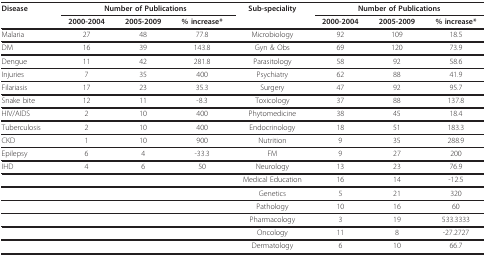
| Disease | <COLSPAN=3> Number of Publications | Sub-speciality | <COLSPAN=3> Number of Publications |
 |  | 2000-2004 | 2005-2009 | % increase* |  | 2000-2004 | 2005-2009 | % increase* |
 | --- | --- | --- | --- | --- | --- | --- | --- |
 | Malaria | 27 | 48 | 77.8 | Microbiology | 92 | 109 | 18.5 |
 | DM | 16 | 39 | 143.8 | Gyn & Obs | 69 | 120 | 73.9 |
 | Dengue | 11 | 42 | 281.8 | Parasitology | 58 | 92 | 58.6 |
 | Injuries | 7 | 35 | 400 | Psychiatry | 62 | 88 | 41.9 |
 | Filariasis | 17 | 23 | 35.3 | Surgery | 47 | 92 | 95.7 |
 | Snake bite | 12 | 11 | -8.3 | Toxicology | 37 | 88 | 137.8 |
 | HIV/AIDS | 2 | 10 | 400 | Phytomedicine | 38 | 45 | 18.4 |
 | Tuberculosis | 2 | 10 | 400 | Endocrinology | 18 | 51 | 183.3 |
 | CKD | 1 | 10 | 900 | Nutrition | 9 | 35 | 288.9 |
 | Epilepsy | 6 | 4 | -33.3 | FM | 9 | 27 | 200 |
 | IHD | 4 | 6 | 50 | Neurology | 13 | 23 | 76.9 |
 |  |  |  |  | Medical Education | 16 | 14 | -12.5 |
 |  |  |  |  | Genetics | 5 | 21 | 320 |
 |  |  |  |  | Pathology | 10 | 16 | 60 |
 |  |  |  |  | Pharmacology | 3 | 19 | 533.3333 |
 |  |  |  |  | Oncology | 11 | 8 | -27.2727 |
 |  |  |  |  | Dermatology | 6 | 10 | 66.7 |